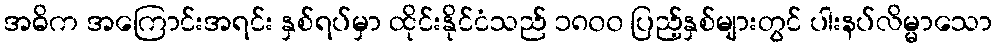
အဓိက အကြောင်းအရင်း နှစ်ရပ်မှာ ထိုင်းနိုင်ငံသည် ၁၈၀၀ ပြည့်နှစ်များတွင် ပါးနပ်လိမ္မာသော